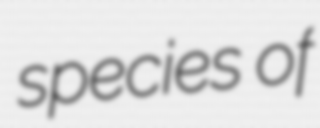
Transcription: species of